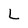
Character: L